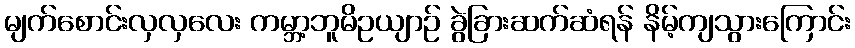
မျက်စောင်းလှလှလေး ကမ္ဘာ့ဘူမိဥယျာဉ် ခွဲခြားဆက်ဆံရန် နိမ့်ကျသွားကြောင်း